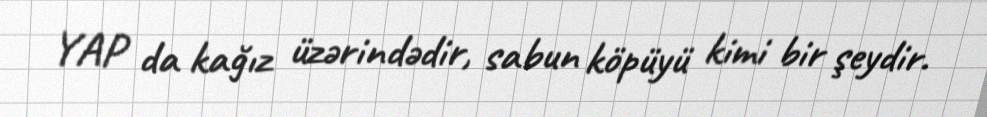
YAP da kağız üzərindədir, sabun köpüyü kimi bir şeydir.